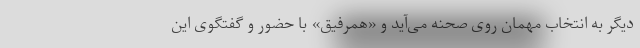
دیگر به انتخاب مهمان روی صحنه می‌آید و «همرفیق» با حضور و گفتگوی این